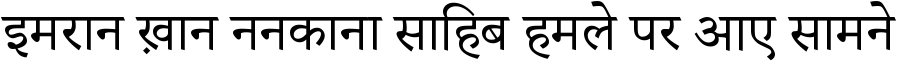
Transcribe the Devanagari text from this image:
इमरान ख़ान ननकाना साहिब हमले पर आए सामने